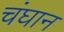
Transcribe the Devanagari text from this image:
चंघान